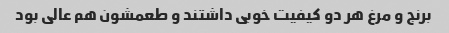
برنج و مرغ هر دو کیفیت خوبی داشتند و طعمشون هم عالی بود